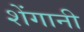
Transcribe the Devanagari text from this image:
शेंगानी